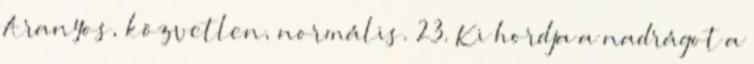
Aranyos, közvetlen, normális. 23. Ki hordja a nadrágot a